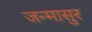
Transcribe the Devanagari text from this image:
जन्मासुर